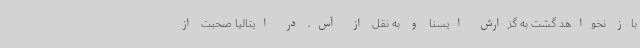
باز نخواهد گشت به گزارش ایسنا و به نقل از آس، در ایتالیا صحبت از